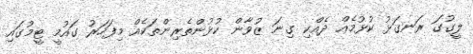
ލީގުގަ ރަނގަޅު ކުޅުމެއް ދެއްކި ގިނަ ޒުވާން ކުޅުންތެރިންތަކެއް މިފަހަރު ގައުމީ ޓީމުގައި